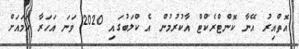
އޮތްއިރު އޭނާ ކޮންޓްރެކްޓް އާކުރުމުން އެ ކްލަބުގައި 2020 ވަނަ އަހަރާ ހަމައަށް